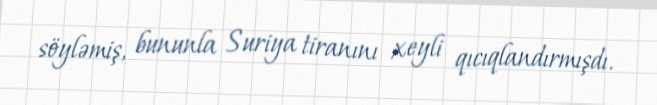
söyləmiş, bununla Suriya tiranını xeyli qıcıqlandırmışdı.